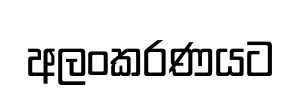
අලංකරණයට